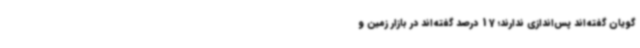
‌گویان گفته‌اند پس‌اندازی ندارند؛ 17 درصد گفته‌اند در بازار زمین و